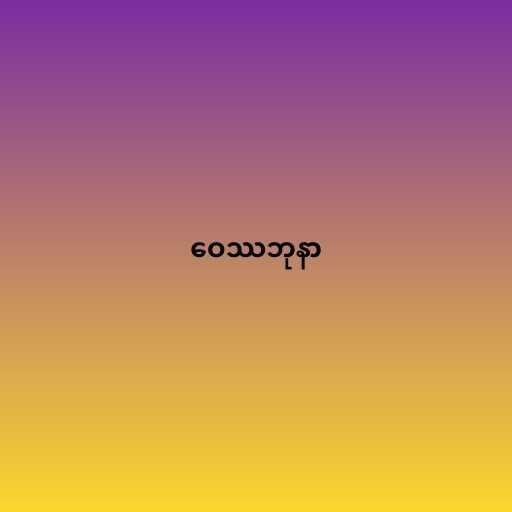
ဝေဿဘုနာ